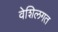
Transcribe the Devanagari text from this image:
वेशिलगत